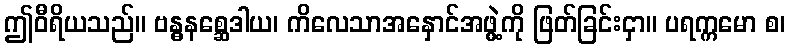
ဤဝီရိယသည်။ ဗန္ဓနစ္ဆေဒါယ၊ ကိလေသာအနှောင်အဖွဲ့ကို ဖြတ်ခြင်းငှာ။ ပရက္ကမော စ၊